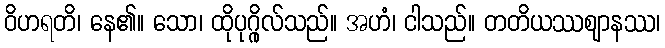
ဝိဟရတိ၊ နေ၏။ သော၊ ထိုပုဂ္ဂိုလ်သည်။ အဟံ၊ ငါသည်။ တတိယဿဈာနဿ၊